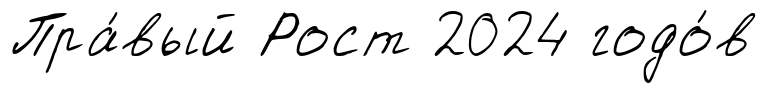
Пра́вый Рост 2024 годо́в